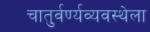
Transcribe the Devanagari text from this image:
चातुर्वर्ण्यव्यवस्थेला